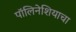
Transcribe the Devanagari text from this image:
पॉलिनेशियाचा